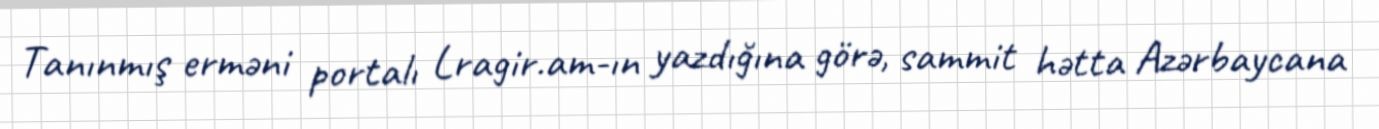
Tanınmış erməni portalı Lragir.am-ın yazdığına görə, sammit hətta Azərbaycana